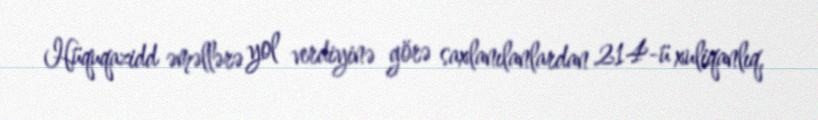
Hüquqazidd əməllərə yol verdiyinə görə saxlanılanlardan 214-ü xuliqanlıq,